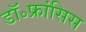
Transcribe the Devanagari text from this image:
डॉ॰फ्रांसिस